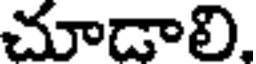
చూడాలి,